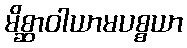
မိစ္ဆာဝါယာမပစ္စယာ